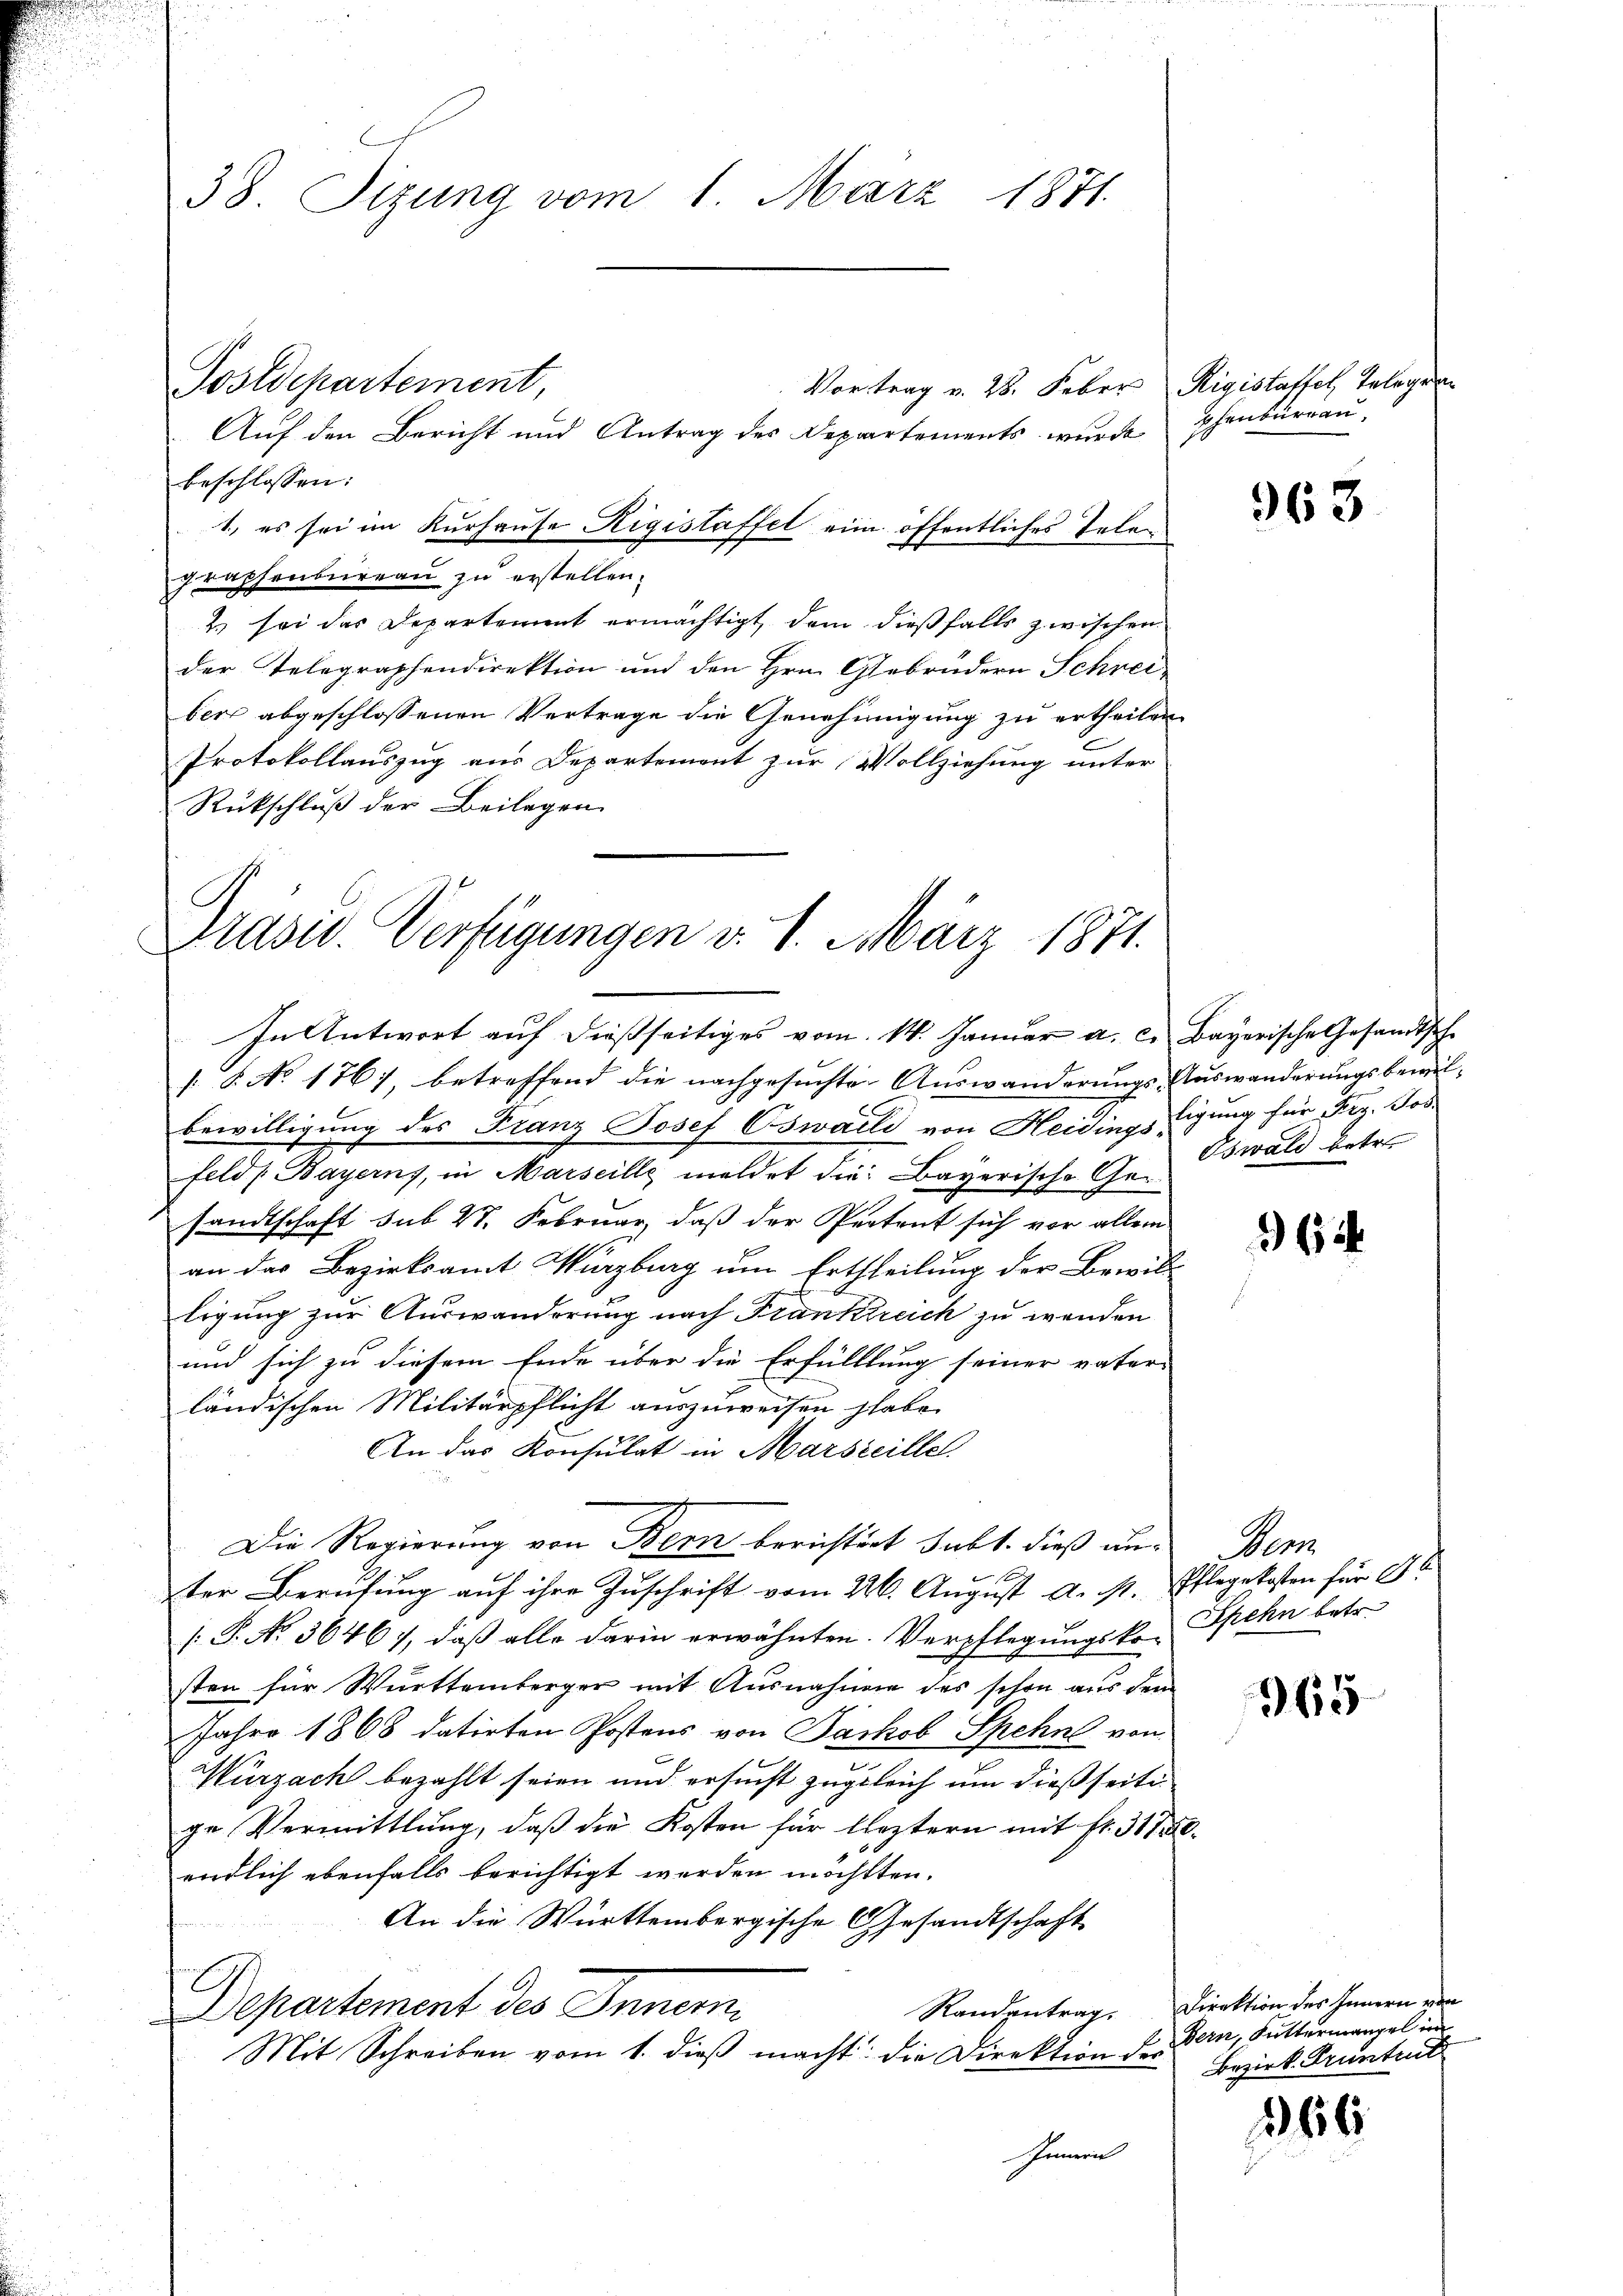
38. Sizung vom 1. März 1871.

Auf den Bericht und Antrag des Departements wurde phenbureau-
beschlossen:
1) es sei im Kurhause Rigistaffel eine öffentliches Telegraphenbureau zu erstellen.
2. sei das Departement ermächtigt, dem dießfalls zwischen
der Telegraphendirektion und den Hrn. Gebrüdern Schrei-
ber abgeschlossenen Vertrage die Genehmigung zu ertheilen
Protokollauszug aus Departement zur Vollziehung unter
Rückschluß der Beilagen

Präsid. Verfügungen v. 1. März 1871.

Postdepartement,

Vortrag v. 28. Feber Rigistaffel, Telegen

In Antwort auf dießseitiges vom 14. Januar a. c. Bayerische Gesandtsche
s. 8. No 176), betreffend die nachgesuchte Auswanderungs-Auswanderungsbewilbewilligung des Franz Josef Oswalli von Heidingstigung für Frz. Jos.
feld, Bayerns, in Marseille meldet die Bayerische Gesandtschaft sub 27. Februar, daß der Pertent sich vor allem
i
an das Bezirksamt Würzburg um Ertheilung der Bewill-
ligung zur Auswanderung nach Frankreich zu wenden
und sich zu diesem Ende über die Erfüllung seiner vater-
ländischen Militärpflicht auszuweisen habe.
An das Konsulat in Marseille.
Die Regierung von Bern berichtigt habt. Dieß unter Berufung auf ihre Zuschrift vom 226. August A. st. Pflegekosten für St
[P. No. 3646), daß alle darin erwähnten. Verpflegungsko-Spehn betr.
sten für Wurttemberger mit Ausnahmen des schon aus dem
Jahre 1868 datirten Postens von Jackob Spehns von
Wurzach bezahlt seien und ersucht zugleich um dießseitige Vermittlung, daß die Kosten für leztern mit fr. 3110.
endlich ebenfalls berichtigt werden möchtten.
An die Württembergische Gesandtschaft
h
Departement des Innern,
Mit Schreiben vom 1. dieß macht: die Direktion der
Innern

963

Oswald betr.

6

Dem

965

Randantrag. Direktion des Innern von
Bern, Kuttermangel im
Bezirk Pruntrut

366